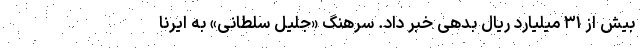
بیش از ۳۱ میلیارد ریال بدهی خبر داد. سرهنگ «جلیل سلطانی» به ایرنا